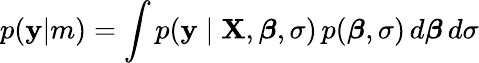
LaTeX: p(\mathbf{y}|m)=\int p(\mathbf{y}\mid\mathbf{X},{\boldsymbol{\beta}},\sigma)\, p({\boldsymbol{\beta}},\sigma)\, d{\boldsymbol{\beta}}\, d\sigma